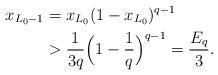
LaTeX: \begin{align*}x_{L_{0}-1} &= x_{L_{0}}(1-x_{L_{0}})^{q-1}\\& >\frac{1}{3q}\Big(1-\frac{1}{q}\Big)^{q-1}=\frac{E_{q}}{3}.\end{align*}